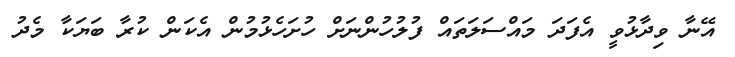
އޭނާ ވިދާޅުވީ އެފަދަ މައްސަލަތައް ފުލުހުންނަށް ހުށަހެޅުމުން އެކަން ކުރާ ބަޔަކާ މެދު